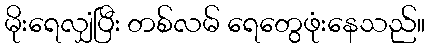
မိုးရေလျှံပြီး တစ်လမ် ရေတွေဖုံးနေသည်။